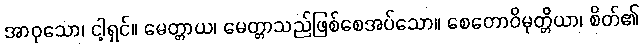
အာဝုသော၊ ငါ့ရှင်။ မေတ္တာယ၊ မေတ္တာသည်ဖြစ်စေအပ်သော။ စေတောဝိမုတ္တိယာ၊ စိတ်၏